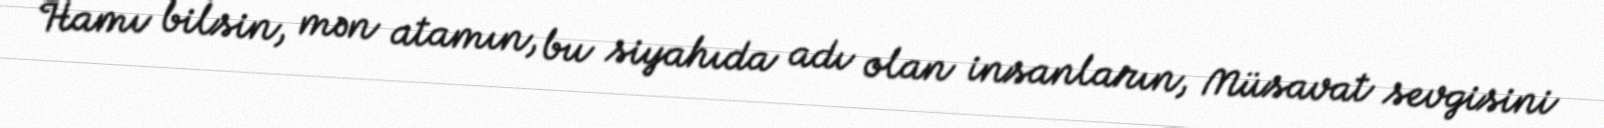
Hamı bilsin, mən atamın, bu siyahıda adı olan insanların, Müsavat sevgisini